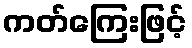
ကတ်ကြေးဖြင့်